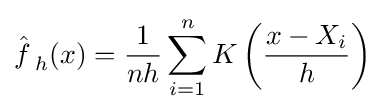
{\hat {f\,}}_{h}(x)={1 \over nh}\sum _{i=1}^{n}K\left({x-X_{i} \over h}\right)